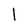
Character: 1